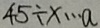
4 5 \div x \cdots a